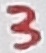
Text: 3